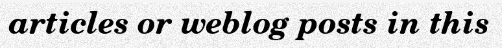
articles or weblog posts in this